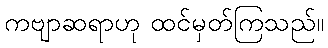
ကဗျာဆရာဟု ထင်မှတ်ကြသည်။